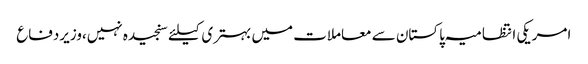
امریکی انتظامیہ پاکستان سے معاملات میں بہتری کیلئے سنجیدہ نہیں،وزیردفاع